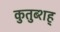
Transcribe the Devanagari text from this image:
कुतुब्शह्